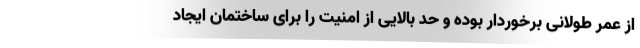
از عمر طولانی برخوردار بوده و حد بالایی از امنیت را برای ساختمان ایجاد